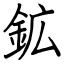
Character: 鉱